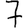
Digit: 7